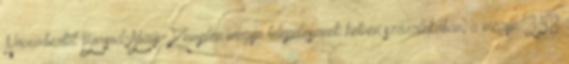
Novembertől Borsod-Abaúj-Zemplén megye tele­pü­lé­sei­nek hetven száza­lékában, a megye 358